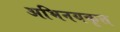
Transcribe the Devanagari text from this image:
अभिनयकृत